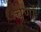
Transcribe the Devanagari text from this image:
चूर्णों